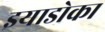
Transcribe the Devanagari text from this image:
इयाडोका